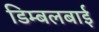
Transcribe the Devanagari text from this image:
डिम्बलबाई